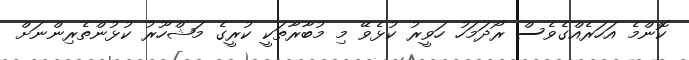
ކޮންމެ އަހަރެއްގެވެސް ރޯދަމަހު ހަވީރު ކުޅެވޭ މި މުބާރާތަކީ ކުރީގެ މަޝްހޫރު ކުޅުންތެރިންނަށް